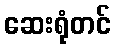
ဆေးရုံတင်